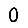
Digit: 0